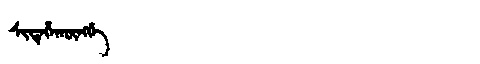
Manchu: ᠰᡳᡨᡝᡥᠠᡴᡡᠩᡤᡝ
Romanization: SITEHAKŪNGGE